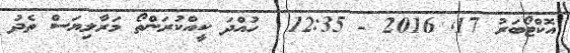
އޮކްޓޯބަރު 17